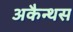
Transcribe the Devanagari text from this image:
अकैन्थस